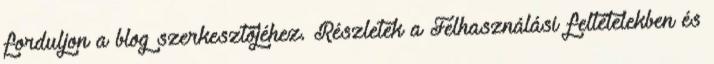
forduljon a blog szerkesztőjéhez. Részletek a Felhasználási feltételekben és